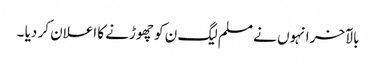
بالآخر انہوں نے مسلم لیگ ن کو چھوڑنے کا اعلان کر دیا ۔